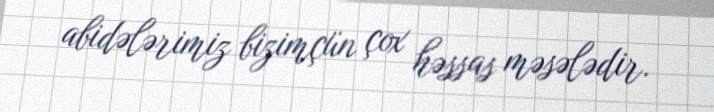
abidələrimiz bizimçün çox həssas məsələdir.